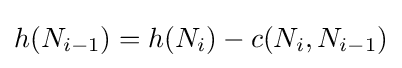
h(N_{i-1})=h(N_{i})-c(N_{i},N_{i-1})